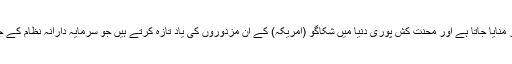
یہ دن مزدوروں کے عالمی دن کے طور پر منایا جاتا ہے اور محنت کش پوری دنیا میں شکاگو (امریکہ) کے ان مزدوروں کی یاد تازہ کرتے ہیں جو سرمایہ دارانہ نظام کے جبر و استحصال کے سامنے ڈٹ گئے تھے۔